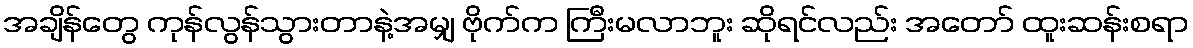
အချိန်တွေ ကုန်လွန်သွားတာနဲ့အမျှ ဗိုက်က ကြီးမလာဘူး ဆိုရင်လည်း အတော် ထူးဆန်းစရာ